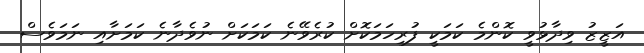
އަޒީޒު ވިދާޅުވީ ކޮންމެ ކަމަކީ ފުރިހަމަކޮށް ކުރެވޭނެ ކަމަކަށް ނުވެދާނެ ކަމަށާއި ނަމަވެސް